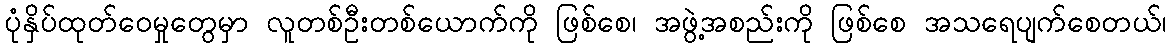
ပုံနှိပ်ထုတ်ဝေမှုတွေမှာ လူတစ်ဦးတစ်ယောက်ကို ဖြစ်စေ၊ အဖွဲ့အစည်းကို ဖြစ်စေ အသရေပျက်စေတယ်၊